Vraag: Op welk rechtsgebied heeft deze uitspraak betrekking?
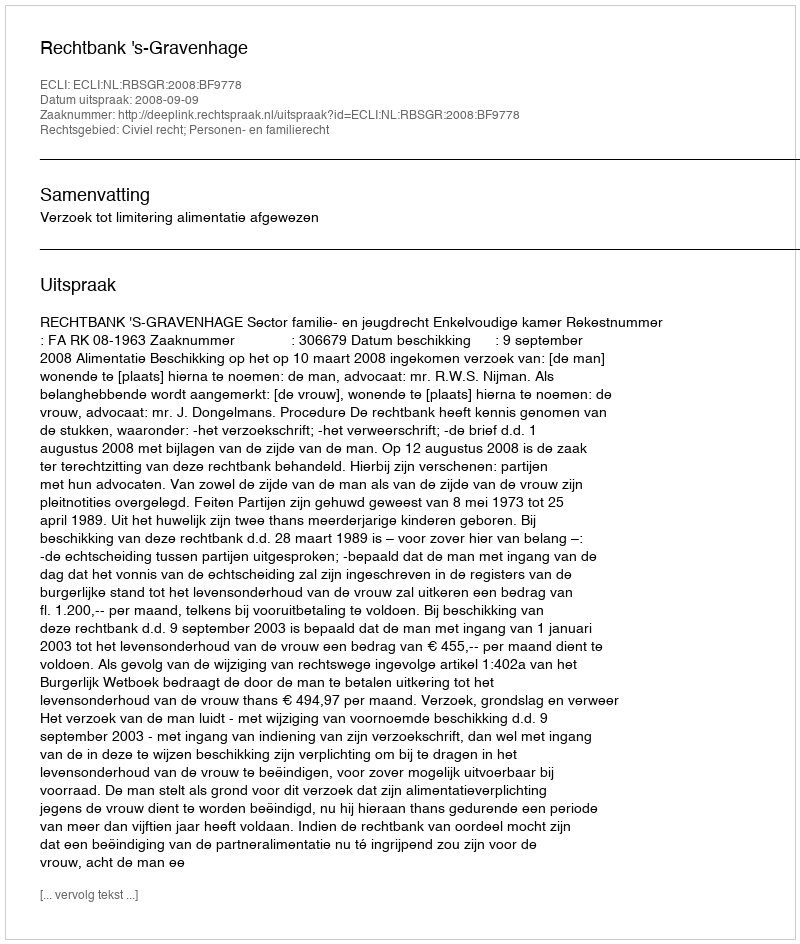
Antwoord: Civiel recht; Personen- en familierecht